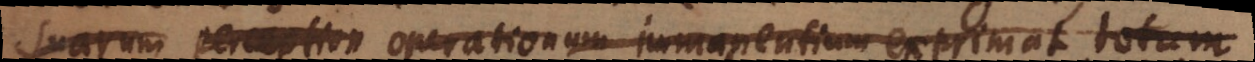
suarum perceptio operationum immanentium exprimat totu